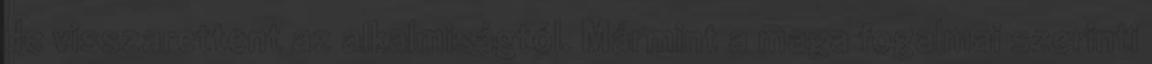
de visszarettent az alkalmiságtól. Mármint a maga fogalmai szerinti